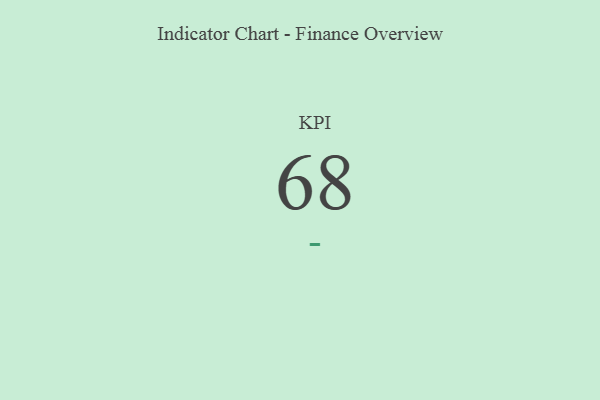
{"axis": {"x": "KPI", "y": "Value"}, "legend": [""], "data": [{"x": "KPI", "y": 68, "type": ""}]}